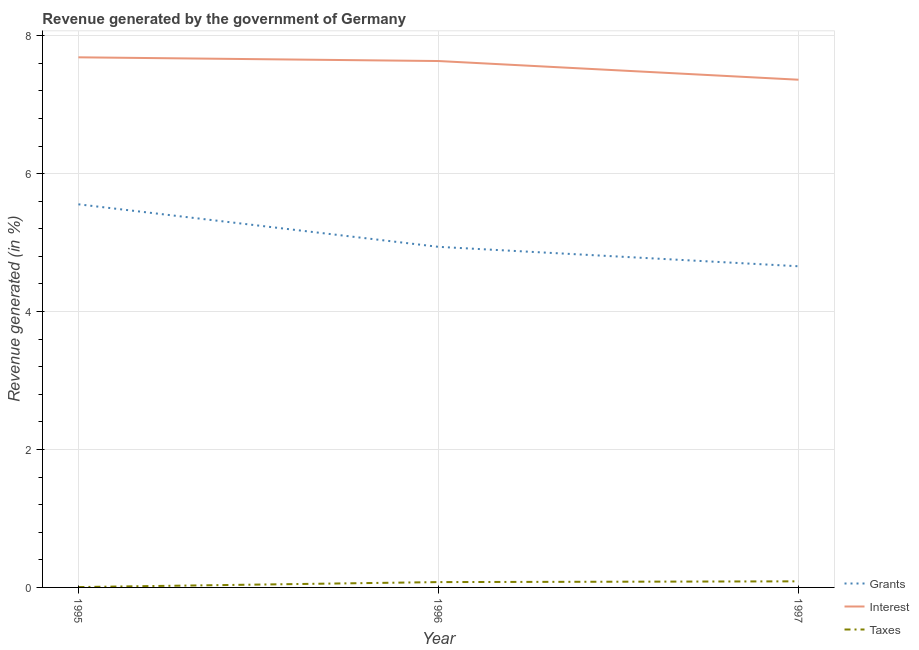
| Year | Grants | Interest | Taxes |
 | --- | --- | --- | --- |
 | 1995 | 5.55 | 7.69 | 0.00532 |
 | 1996 | 4.94 | 7.63 | 0.0774 |
 | 1997 | 4.66 | 7.36 | 0.0883 |